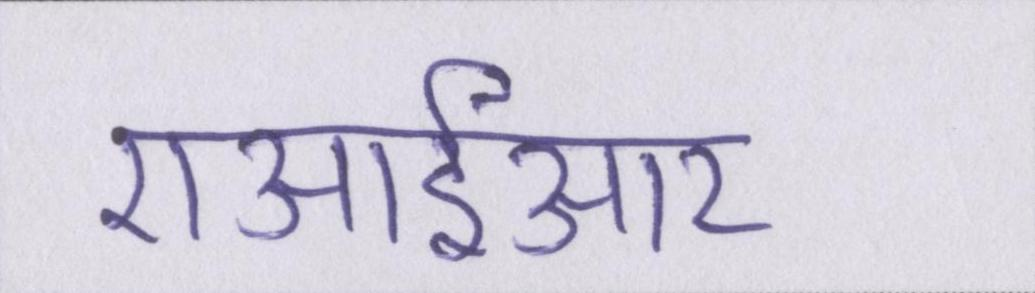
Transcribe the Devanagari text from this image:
एआईआर